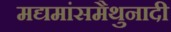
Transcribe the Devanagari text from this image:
मद्यमांसमैथुनादी